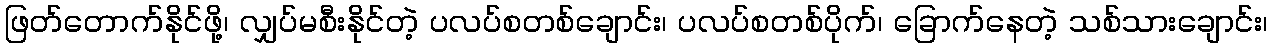
ဖြတ်တောက်နိုင်ဖို့၊ လျှပ်မစီးနိုင်တဲ့ ပလပ်စတစ်ချောင်း၊ ပလပ်စတစ်ပိုက်၊ ခြောက်နေတဲ့ သစ်သားချောင်း၊